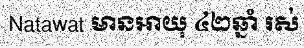
Natawat មានអាយុ ៤២ឆ្នាំ រស់